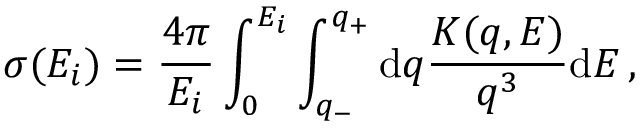
\sigma { ( E _ { i } ) } = \frac { 4 \pi } { E _ { i } } \int _ { 0 } ^ { E _ { i } } \int _ { q _ { - } } ^ { q _ { + } } \mathrm { d } q \frac { K { ( q , E ) } } { q ^ { 3 } } \mathrm { d } E \, ,